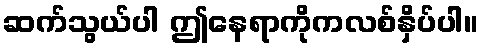
ဆက်သွယ်ပါ ဤနေရာကိုကလစ်နှိပ်ပါ။